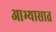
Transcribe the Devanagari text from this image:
आभ्यासात